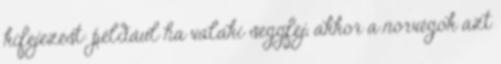
kifejezést: például ha valaki seggfej, akkor a norvégok azt